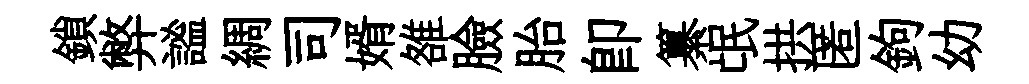
鎖弊謐綢司婿雒臉胎即纂氓拱匿鉤幼